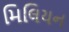
મિલિયન